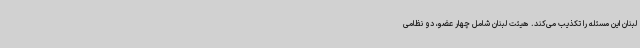
لبنان این مسئله را تکذیب می‌کند. هیئت لبنان شامل چهار عضو، دو نظامی